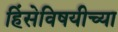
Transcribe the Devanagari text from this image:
हिंसेविषयीच्या